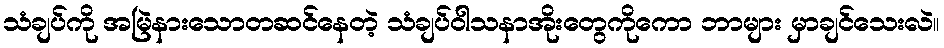
သံချပ်ကို အမြဲနားသောတဆင်နေတဲ့ သံချပ်ဝါသနာအိုးတွေကိုကော ဘာများ မှာချင်သေးလဲ။